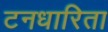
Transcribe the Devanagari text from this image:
टनधारिता